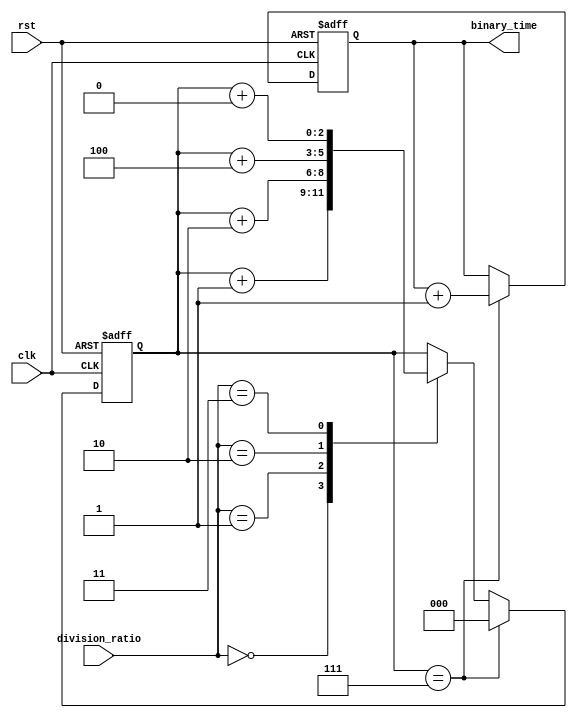
module binary_clock_divider (
    input wire clk,
    input wire rst,
    input wire [2:0] division_ratio,
    output reg [2:0] binary_time
);

reg [2:0] counter;

always @(posedge clk or posedge rst) begin
    if (rst) begin
        counter <= 0;
        binary_time <= 0;
    end else begin
        case(division_ratio)
            3'b000: counter <= counter + 1;
            3'b001: counter <= counter + 2;
            3'b010: counter <= counter + 4;
            3'b011: counter <= counter + 8;
            // add more cases for different division ratios
            default: counter <= counter;
        endcase
        
        if (counter == 7) begin // divide by 8
            counter <= 0;
            binary_time <= binary_time + 1;
        end
    end
end

endmodule